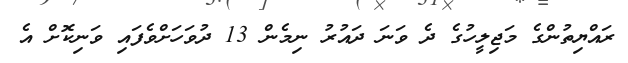
ރައްޔިތުންގެ މަޖިލީހުގެ ދެ ވަނަ ދައުރު ނިމެން 13 ދުވަހަށްވެފައި ވަނިކޮށް އެ